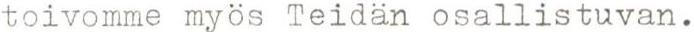
toivomme myös Teidän osallistuvan.